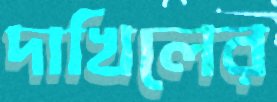
দাখিলের